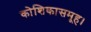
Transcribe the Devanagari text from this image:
कोशिकासमूह।